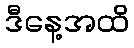
ဒီနေ့အထိ